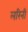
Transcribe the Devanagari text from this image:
लरिनी